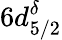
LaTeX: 6d_{5/2}^{\delta}